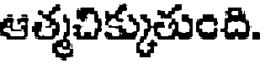
ఆత్మచిక్కుతుంది.